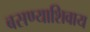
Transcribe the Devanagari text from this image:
बसण्याशिवाय